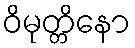
ဝိမုတ္တိနော